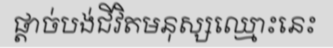
ផ្តាច់បង់ជីវិតមនុស្សឈ្មោះនេះ